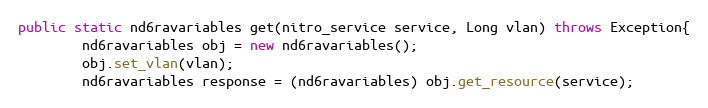
Language: Java
public static nd6ravariables get(nitro_service service, Long vlan) throws Exception{
		nd6ravariables obj = new nd6ravariables();
		obj.set_vlan(vlan);
		nd6ravariables response = (nd6ravariables) obj.get_resource(service);